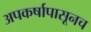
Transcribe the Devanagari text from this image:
अपकर्षापासूनच